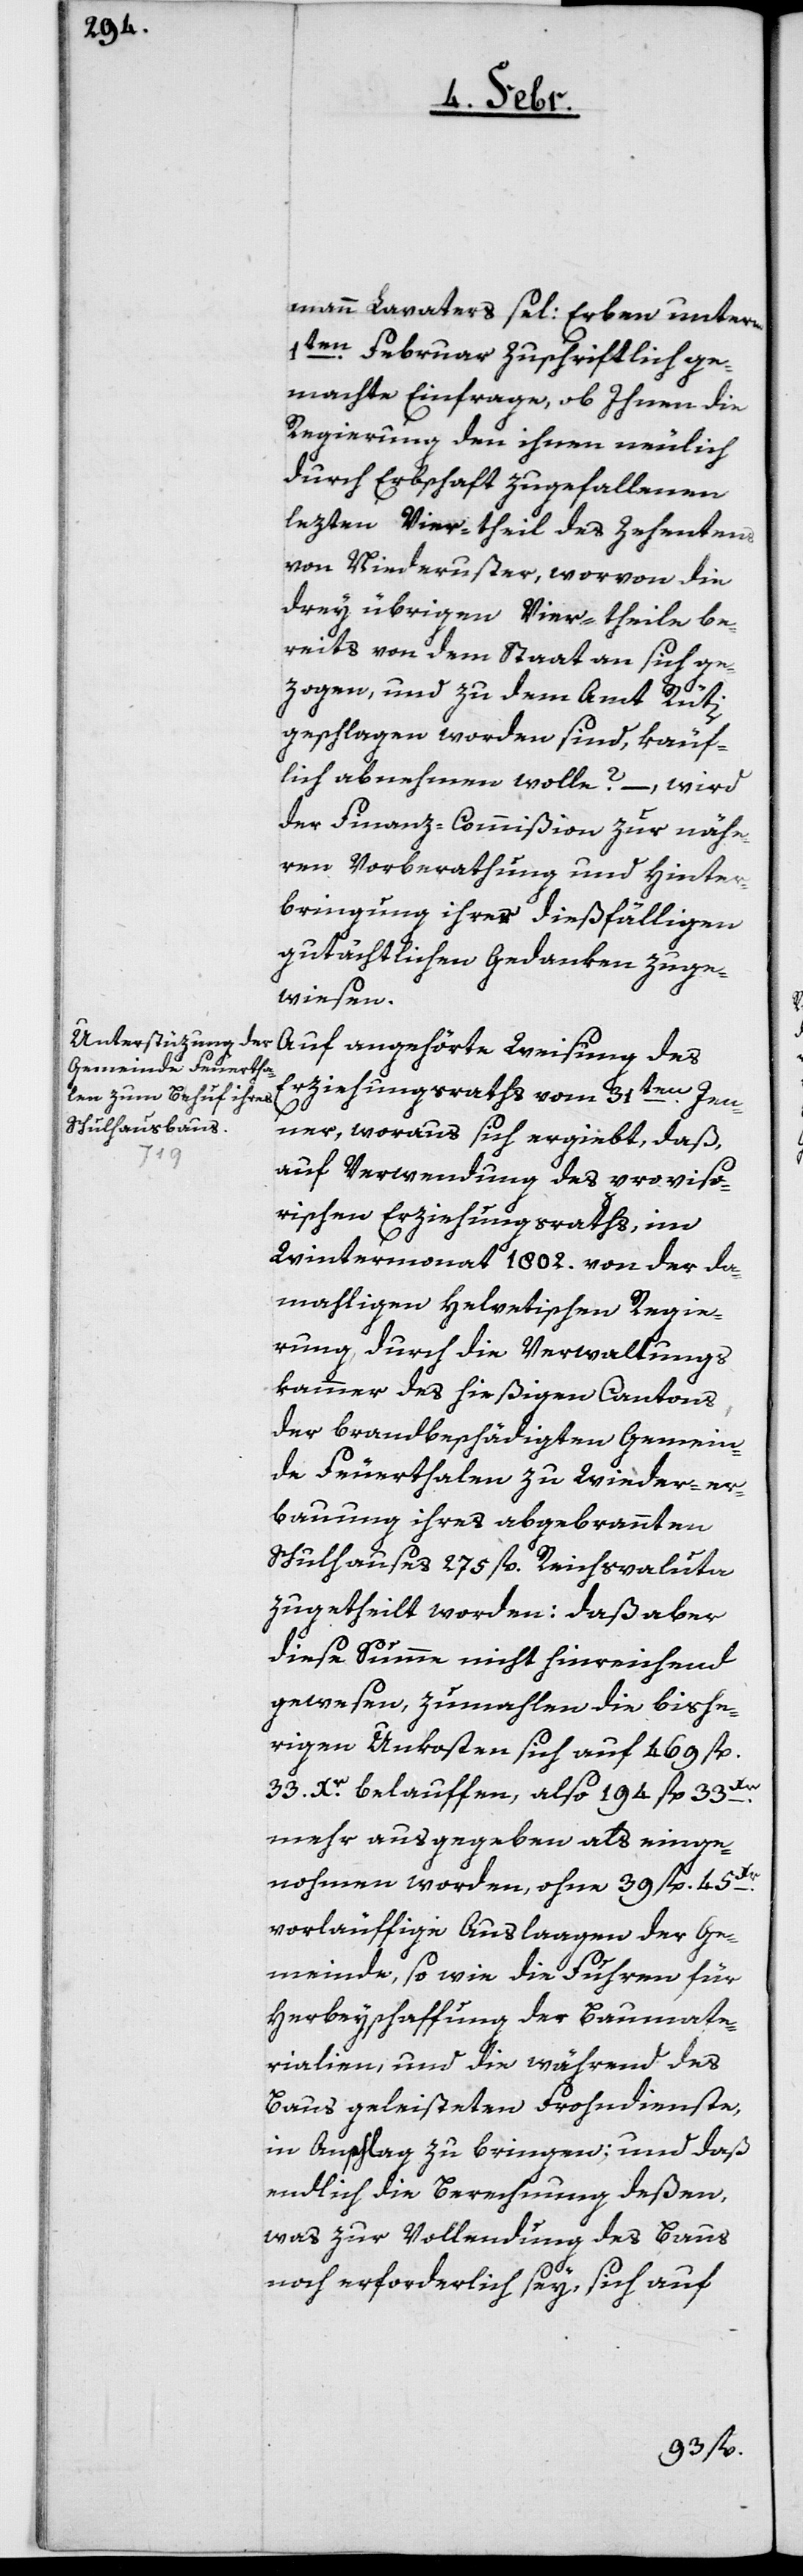
mann Lavaters sel: Erben unterm
1ten. Februar zuschriftlich ge¬
machte Einfrage, ob Ihnen die
Regierung den ihnen neulich
durch Erbschaft zugefallenen
lezten Vier-theil des Zehentens
von Niederuster, worvon die
drey übrigen Vier-theile be¬
reits von dem Staat an sich ge¬
zogen, und zu dem Amt Rüti
geschlagen worden sind, käuf¬
lich abnehmen wolle? –, wird
der Finanz-Commißion zur nähe¬
ren Vorberathung und Hinter¬
bringung ihrer dießfälligen
gutächtlichen Gedanken zuge¬
wiesen.
Auf angehörte Weisung des
Erziehungsraths vom 31ten. Jen¬
ner, woraus sich ergiebt, daß,
auf Verwendung des proviso¬
rischen Erziehungsraths, im
Wintermonat 1802. von der da¬
mahligen Helvetischen Regie¬
rung, durch die Verwaltungs¬
kammer des hießigen Cantons,
der brandbeschädigten Gemein¬
de Feuerthalen zu Wieder-er¬
bauung ihres abgebrannten
Schulhauses 275 fl. Reichsvaluta
zugetheilt worden: daß aber
diese Summe nicht hinreichend
gewesen, zumahlen die bishe¬
rigen Unkosten sich auf 469 fl.
33. Xr. belauffen, also 194 fl. 33 Xr.
mehr ausgegeben als einge¬
nohmen worden, ohne 39 fl. 45 Xr.
vorläuffige Auslaagen der Ge¬
meinde, so wie die Fuhren für
Herbeyschaffung der Baumate¬
rialien, und die während des
Baus geleisteten Frohndienste,
in Anschlag zu bringen; und daß
endlich die Berechnung deßen,
was zur Vollendung des Baus
noch erforderlich sey, sich auf